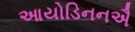
આયોડિનનઐ